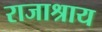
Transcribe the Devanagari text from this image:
राजाश्राय